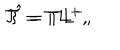
LaTeX: { \cal T } = T L ^ { + } , \hspace { 1 c m } \hat { \cal T } = T L ^ { - } ,